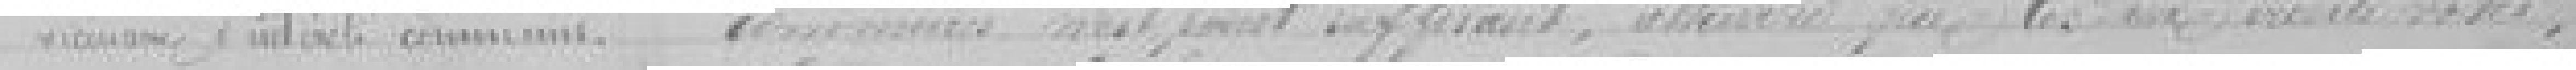
commun n'est point suffisant suffisant, attendu que les deux crédits votés,